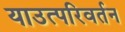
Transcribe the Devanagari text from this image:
याउत्परिवर्तन